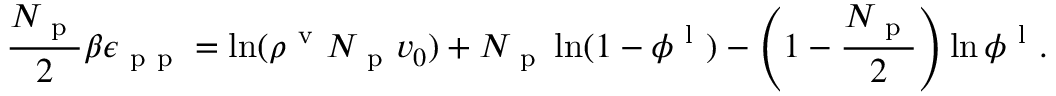
\frac { N _ { \mathrm { ~ p ~ } } } { 2 } \beta \epsilon _ { \mathrm { ~ p ~ p ~ } } = \ln ( \rho ^ { \mathrm { ~ v ~ } } N _ { \mathrm { ~ p ~ } } v _ { 0 } ) + N _ { \mathrm { ~ p ~ } } \ln ( 1 - \phi ^ { \mathrm { ~ l ~ } } ) - \left( 1 - \frac { N _ { \mathrm { ~ p ~ } } } { 2 } \right) \ln \phi ^ { \mathrm { ~ l ~ } } .